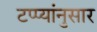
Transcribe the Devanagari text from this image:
टप्प्यांनुसार